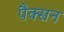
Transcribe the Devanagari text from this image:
पैक्सन